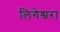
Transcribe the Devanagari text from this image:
लिगेश्वरा